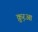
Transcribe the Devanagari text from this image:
क़ु़रआ